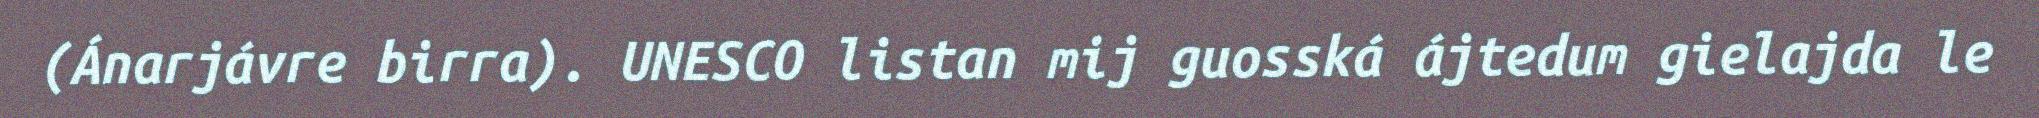
(Ánarjávre birra). UNESCO listan mij guosská ájtedum gielajda le